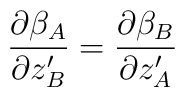
\frac{\partial \beta_A}{\partial z'_B} = \frac{\partial\beta_B}{\partial z'_A}